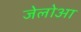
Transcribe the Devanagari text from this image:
जेलोआ